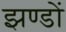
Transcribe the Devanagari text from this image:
झण्‍डों